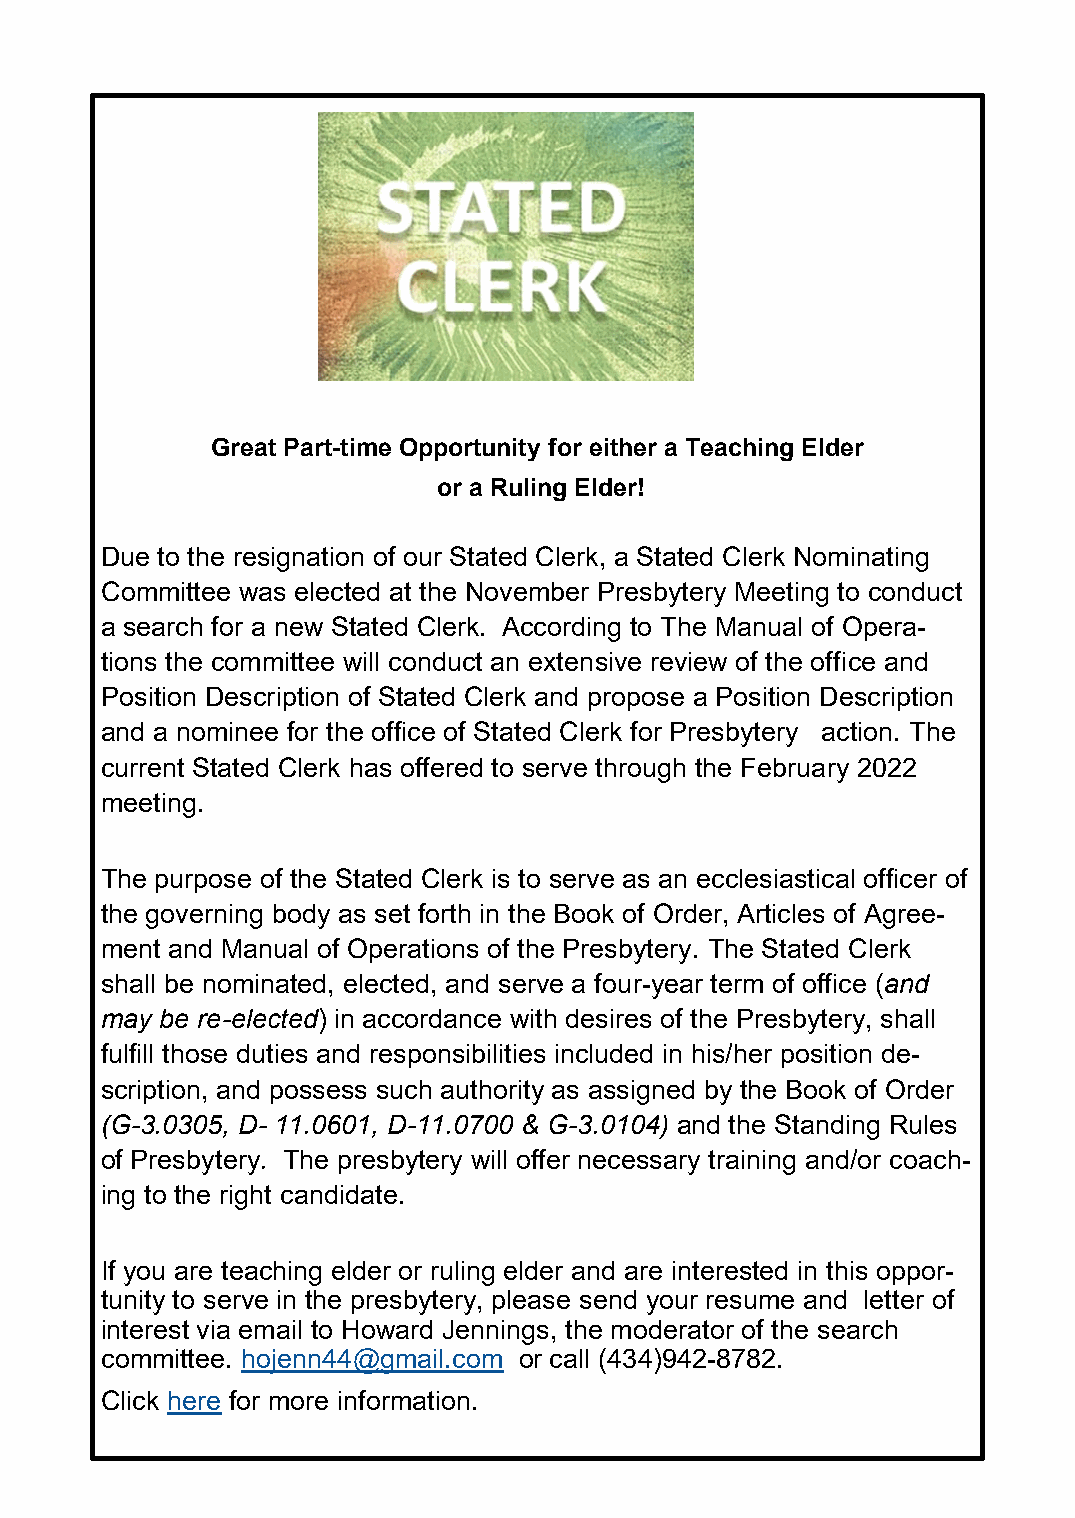
Great Part-time Opportunity for either a Teaching Elder
 or a Ruling Elder!
 Due to the resignation of our Stated Clerk, a Stated Clerk Nominating
 Committee was elected at the November Presbytery Meeting to conduct
 a search for a new Stated Clerk. According to The Manual of Opera-
 tions the committee will conduct an extensive review of the office and
 Position Description of Stated Clerk and propose a Position Description
 and a nominee for the office of Stated Clerk for Presbytery action. The
 current Stated Clerk has offered to serve through the February 2022
 meeting.
 The purpose of the Stated Clerk is to serve as an ecclesiastical officer of
 the governing body as set forth in the Book of Order, Articles of Agree-
 ment and Manual of Operations of the Presbytery. The Stated Clerk
 shall be nominated, elected, and serve a four-year term of office (and
 may be re-elected) in accordance with desires of the Presbytery, shall
 fulfill those duties and responsibilities included in his/her position de-
 scription, and possess such authority as assigned by the Book of Order
 (G-3.0305, D- 11.0601, D-11.0700 & G-3.0104) and the Standing Rules
 of Presbytery. The presbytery will offer necessary training and/or coach-
 ing to the right candidate.
 If you are teaching elder or ruling elder and are interested in this oppor-
 tunity to serve in the presbytery, please send your resume and letter of
 interest via email to Howard Jennings, the moderator of the search
 committee. hojenn44@gmail.com or call (434)942-8782.
 Click here for more information.